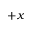
+ x